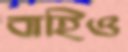
বাহিও